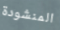
المنشودة